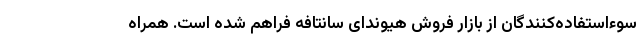
سوءاستفاده‌کنندگان از بازار فروش هیوندای سانتافه فراهم شده است. همراه